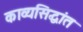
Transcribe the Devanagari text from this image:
काव्यसिद्धांत